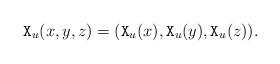
LaTeX: \begin{align*} \mathtt{X}_u(x,y,z) = (\mathtt{X}_u(x), \mathtt{X}_u(y), \mathtt{X}_u(z)). \end{align*}